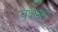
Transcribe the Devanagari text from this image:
वृक्षनुमा